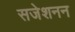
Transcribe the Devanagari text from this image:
सजेशनन